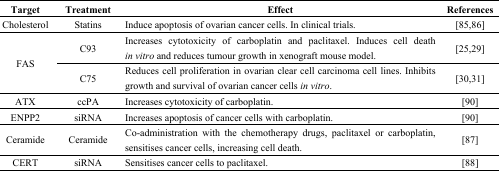
| Target | Treatment | Effect | References |
 | --- | --- | --- | --- |
 | Cholesterol | Statins | Induce apoptosis of ovarian cancer cells. In clinical trials. | [85,86] |
 | <ROWSPAN=2> FAS | C93 | Increases cytotoxicity of carboplatin and paclitaxel. Induces cell death in vitro and reduces tumour growth in xenograft mouse model. | [25,29] |
 | C75 | Reduces cell proliferation in ovarian clear cell carcinoma cell lines. Inhibits growth and survival of ovarian cancer cells in vitro. | [30,31] |
 | ATX | ccPA | Increases cytotoxicity of carboplatin. | [90] |
 | ENPP2 | siRNA | Increases apoptosis of cancer cells with carboplatin. | [90] |
 | Ceramide | Ceramide | Co-administration with the chemotherapy drugs, paclitaxel or carboplatin, sensitises cancer cells, increasing cell death. | [87] |
 | CERT | siRNA | Sensitises cancer cells to paclitaxel. | [88] |